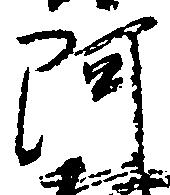
阿